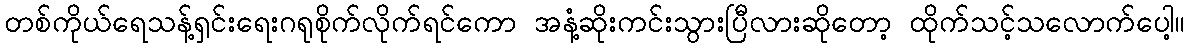
တစ်ကိုယ်ရေသန့်ရှင်းရေးဂရုစိုက်လိုက်ရင်ကော အနံ့ဆိုးကင်းသွားပြီလားဆိုတော့ ထိုက်သင့်သလောက်ပေါ့။